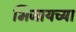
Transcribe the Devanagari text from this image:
भिजायच्या